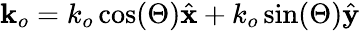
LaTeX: \mathbf{k}_{o}=k_{o}\cos(\Theta)\hat{\mathbf{x}}+k_{o}\sin(\Theta)\hat{\mathbf{y}}